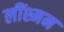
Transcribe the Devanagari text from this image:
लींश्मन